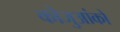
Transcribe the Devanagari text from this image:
कोजुआंको